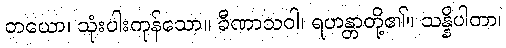
တယော၊ သုံးပါးကုန်သော။ ခီဏာသဝါ၊ ရဟန္တာတို့၏။ သန္နိပါတာ၊